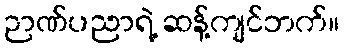
ဉာဏ်ပညာရဲ့ ဆန့်ကျင်ဘက်။